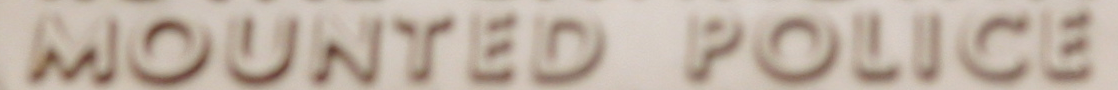
MOUNTED POLICE